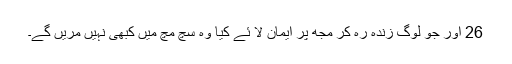
26 اور جو لوگ زندہ رہ کر مجھ پر ایمان لا ئے کیا وہ سچ مچ میں کبھی نہیں مریں گے۔